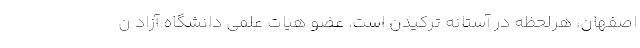
اصفهان، هرلحظه در آستانه ترکیدن است. عضو هیات علمی دانشگاه آزاد ن